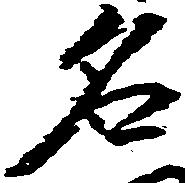
名